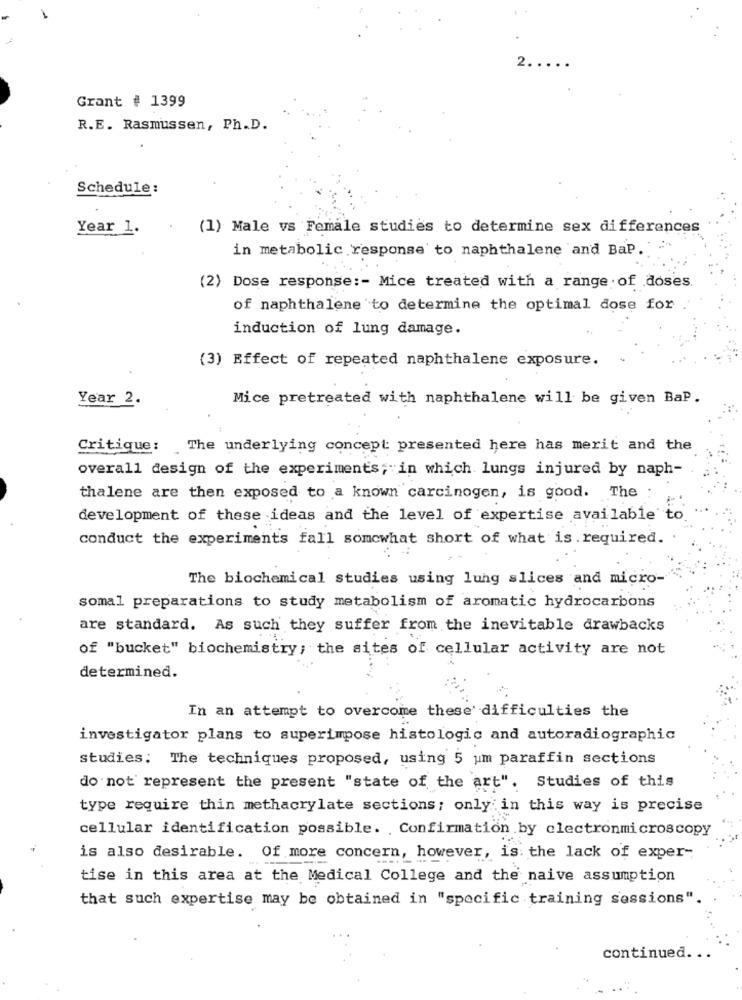
2. . . . .
Grant # 1399
R.E. Rasmussen, Ph.D.
Schedule:
Year 1.
(1) Male vs Female studies to determine sex differences
in metabolic response to naphthalene and BaP.
(2) Dose response :- Mice treated with a range of doses.
of naphthalene to determine the optimal dose for
induction of lung damage.
(3) Effect of repeated naphthalene exposure.
Year 2.
Mice pretreated with naphthalene will be given BaP.
Critique:
The underlying concept: presented here has merit and the
overall design of the experiments; in which lungs injured by naph-
thalene are then exposed to a known carcinogen, is good. The
development of these ideas and the level of expertise available to.
conduct the experiments fall somewhat short of what is required.
The biochemical studies using lung slices and micro-
somal preparations to study metabolism of aromatic hydrocarbons
are standard. As such they suffer from the inevitable drawbacks
of "bucket" biochemistry; the sites of cellular activity are not
determined.
In an attempt to overcome these' difficulties the
investigator plans to superimpose histologic and autoradiographic
studies: The techniques proposed, using 5 um paraffin sections
do not represent the present "state of the art". Studies of this
type require thin methacrylate sections; only in this way is precise
cellular identification possible. Confirmation .by electronmicroscopy
is also desirable. Of more concern, however, is: the lack of exper-
tise in this area at the Medical College and the naive assumption
that such expertise may be obtained in "specific training sessions".
continued ...